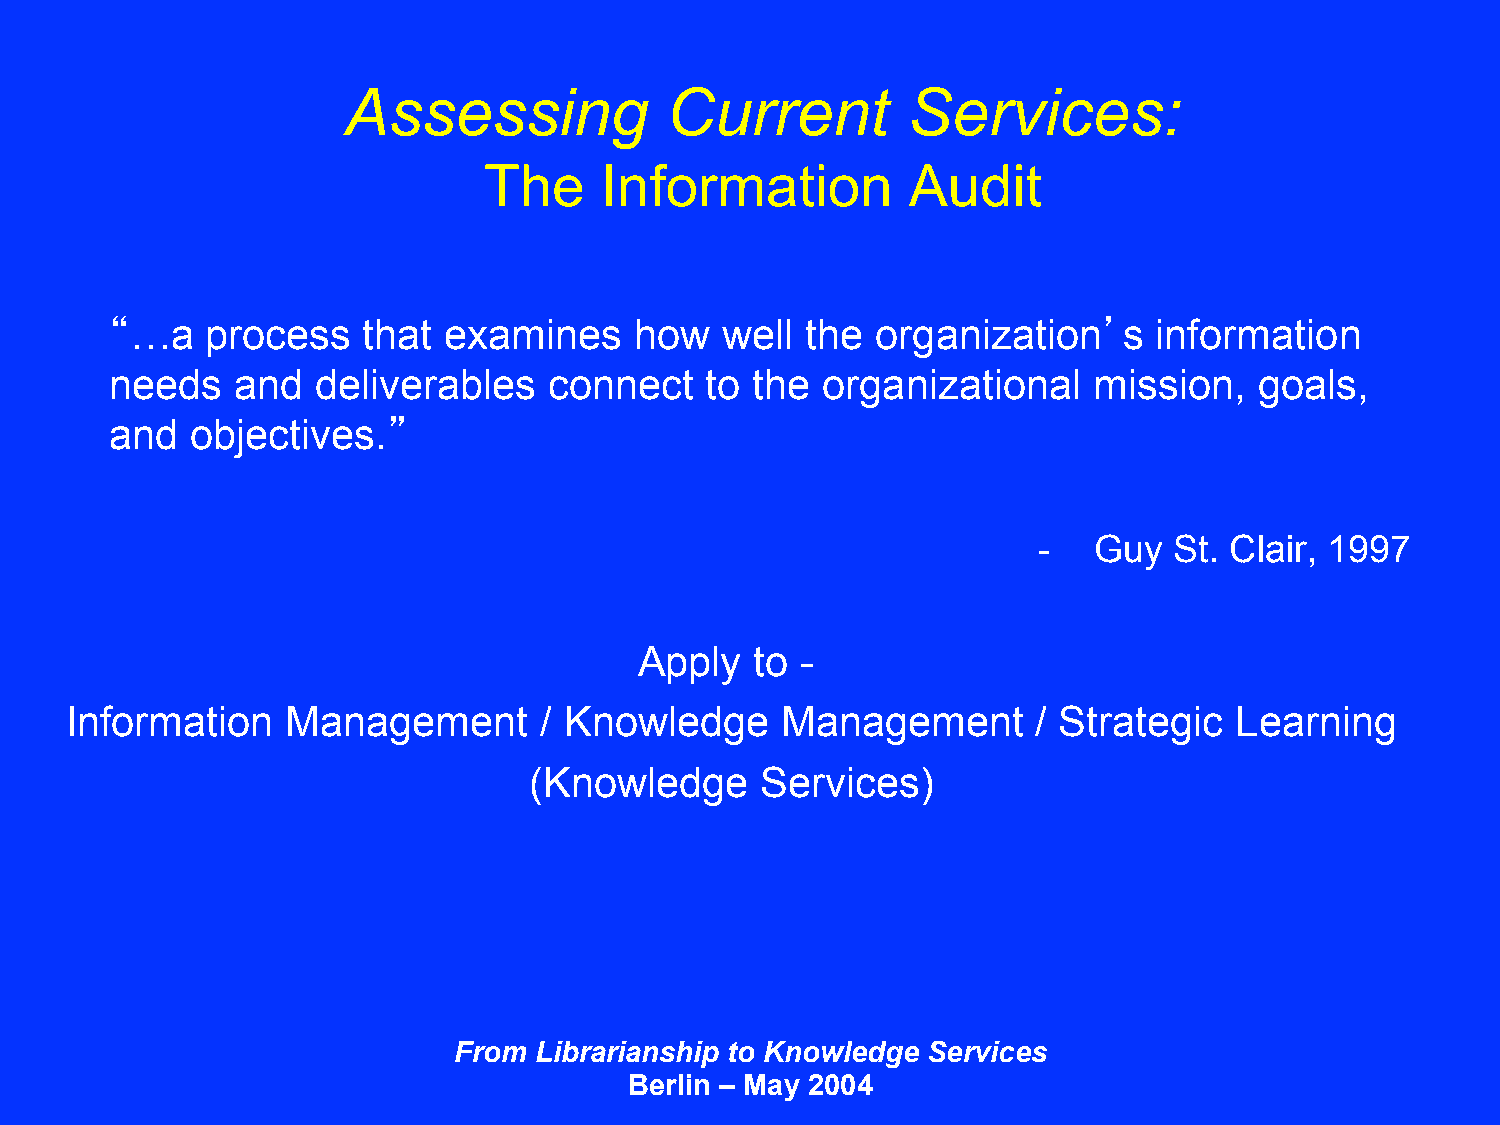
Assessing            Current         Services:
 The     Information         Audit
 “…a    process   that examines     how   well the  organization’s     information
 needs   and   deliverables   connect    to the organizational    mission,   goals,
 and   objectives.”
 -  Guy   St. Clair, 1997
 Apply   to -
 Information    Management       / Knowledge     Management       / Strategic  Learning
 (Knowledge     Services)
 From Librarianship to Knowledge Services
 Berlin – May 2004